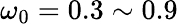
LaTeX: \omega_{0}=0.3\sim 0.9